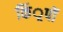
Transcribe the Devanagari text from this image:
किं्रपों